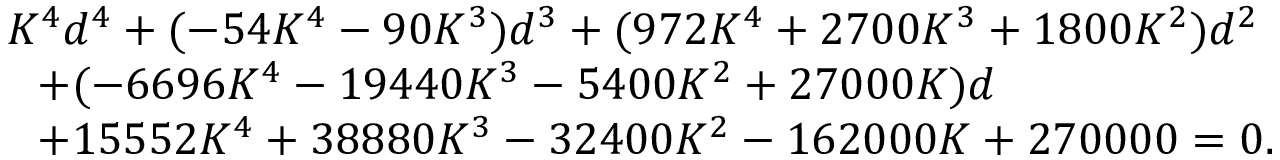
\begin{array} { r l } & { K ^ { 4 } d ^ { 4 } + ( - 5 4 K ^ { 4 } - 9 0 K ^ { 3 } ) d ^ { 3 } + ( 9 7 2 K ^ { 4 } + 2 7 0 0 K ^ { 3 } + 1 8 0 0 K ^ { 2 } ) d ^ { 2 } } \\ & { ~ ~ + ( - 6 6 9 6 K ^ { 4 } - 1 9 4 4 0 K ^ { 3 } - 5 4 0 0 K ^ { 2 } + 2 7 0 0 0 K ) d } \\ & { ~ ~ + 1 5 5 5 2 K ^ { 4 } + 3 8 8 8 0 K ^ { 3 } - 3 2 4 0 0 K ^ { 2 } - 1 6 2 0 0 0 K + 2 7 0 0 0 0 = 0 . } \end{array}